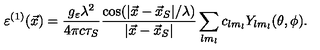
\varepsilon ^ { ( 1 ) } ( \vec { x } ) = \frac { g _ { \varepsilon } \lambda ^ { 2 } } { 4 \pi c \tau _ { S } } \frac { \cos ( | \vec { x } - \vec { x } _ { S } | / \lambda ) } { | \vec { x } - \vec { x } _ { S } | } \sum _ { l m _ { l } } c _ { l m _ { l } } Y _ { l m _ { l } } ( \theta , \phi ) .